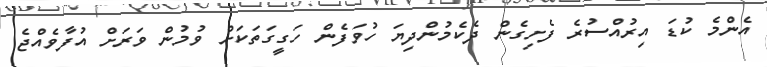
އެންމެ ކުޑަ އިރުއްސުރެ ފެށިގެން ދެކެމުންދިޔަ ހުވަފެން ހަގީގަތަކަށް ވުމުން ވަރަށް އުފާވެއްޖެ